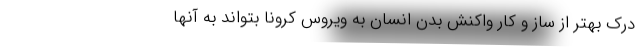
درک بهتر از ساز و کار واکنش بدن انسان به ویروس کرونا بتواند به آنها